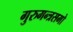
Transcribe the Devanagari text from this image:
गुरुमन्त्रसमो